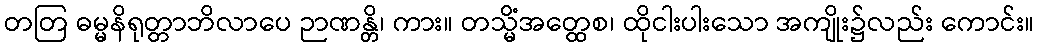
တတြ ဓမ္မနိရုတ္တာဘိလာပေ ဉာဏန္တိ၊ ကား။ တသ္မိံအတ္ထေစ၊ ထိုငါးပါးသော အကျိုး၌လည်း ကောင်း။